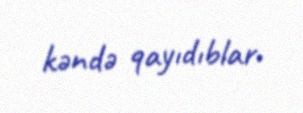
kəndə qayıdıblar.